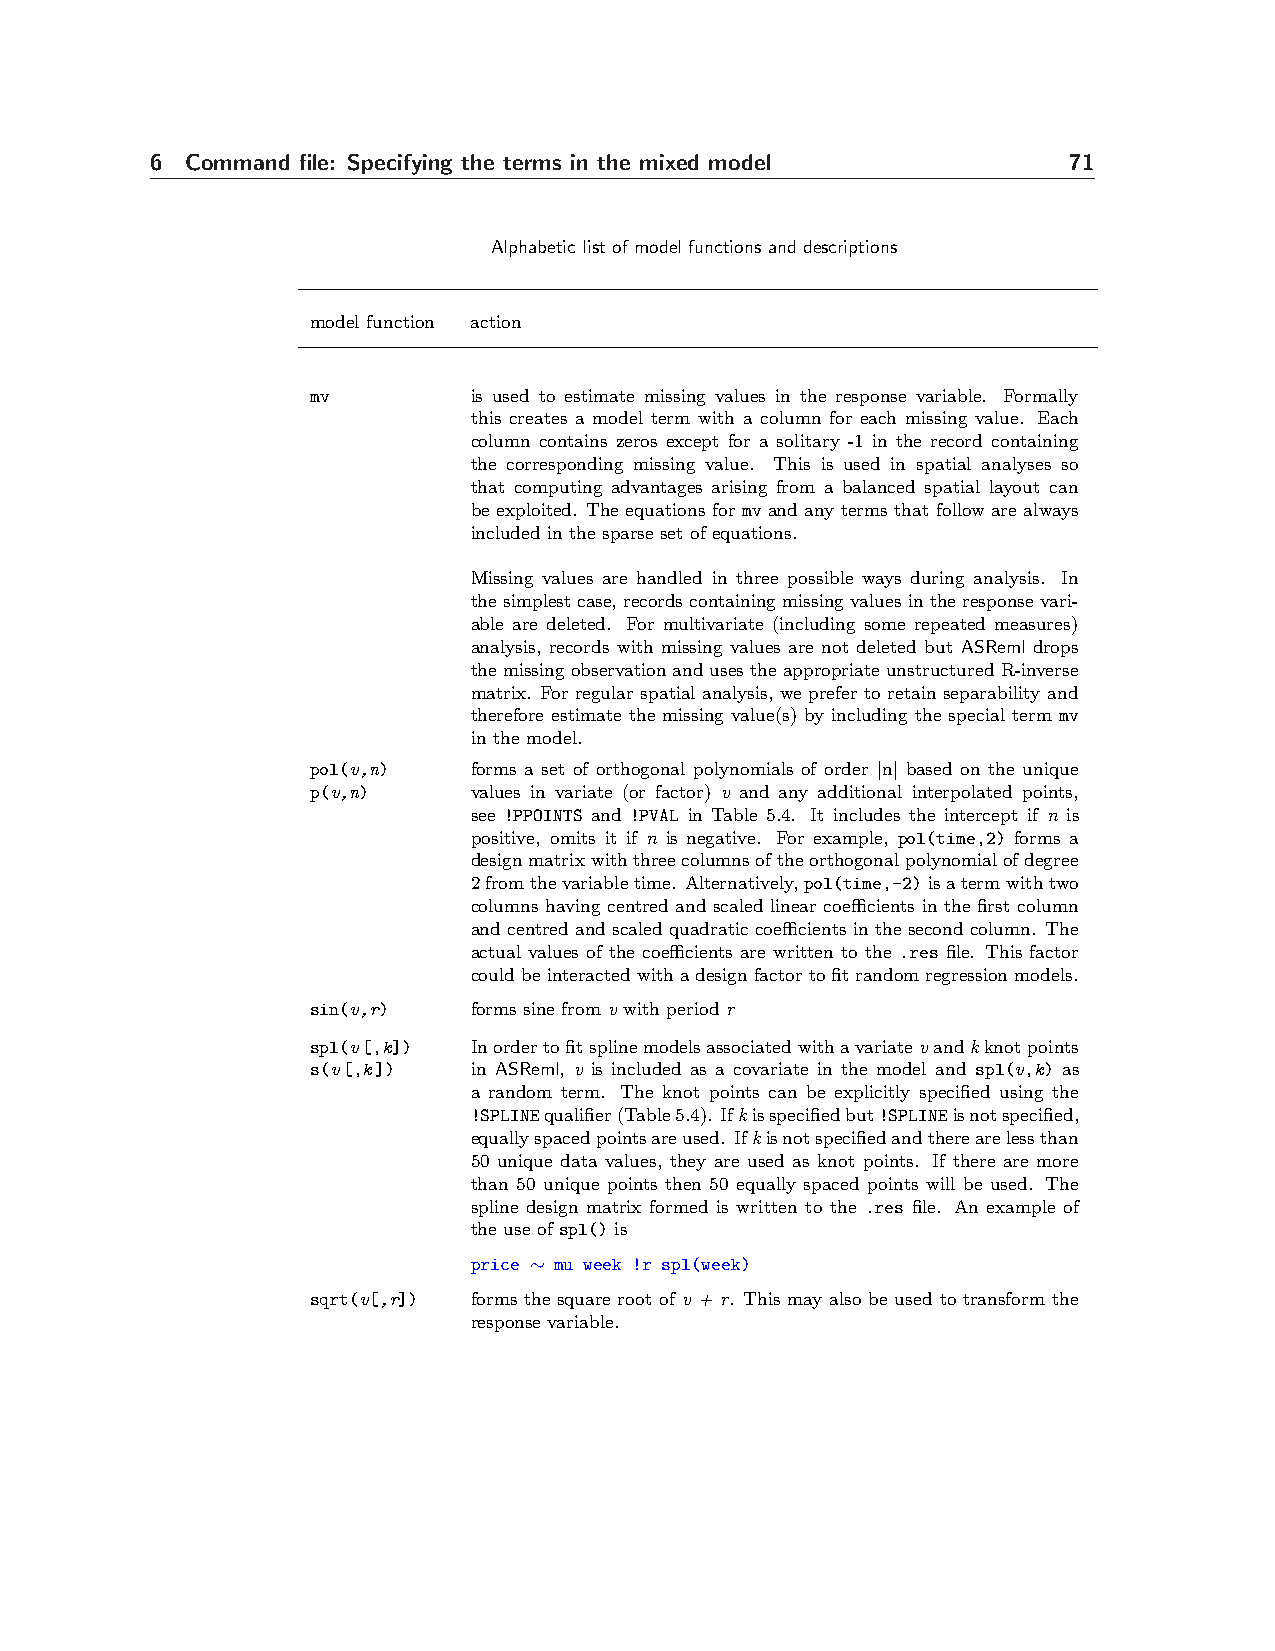
6 Command file: Specifying the terms in the mixed model      71
 Alphabetic list of model functions and descriptions
 model function action
 mv        is used to estimate missing values in the response variable. Formally
 this creates a model term with a column for each missing value. Each
 column contains zeros except for a solitary -1 in the record containing
 the corresponding missing value. This is used in spatial analyses so
 that computing advantages arising from a balanced spatial layout can
 be exploited. The equations for mv and any terms that follow are always
 included in the sparse set of equations.
 Missing values are handled in three possible ways during analysis. In
 thesimplestcase,recordscontainingmissingvaluesintheresponsevari-
 able are deleted. For multivariate (including some repeated measures)
 analysis, records with missing values are not deleted but ASReml drops
 themissingobservationandusestheappropriateunstructuredR-inverse
 matrix. For regular spatial analysis, we prefer to retain separability and
 therefore estimate the missing value(s) by including the special term mv
 in the model.
 pol(v,n)  forms a set of orthogonal polynomials of order |n| based on the unique
 p(v,n)    values in variate (or factor) v and any additional interpolated points,
 see !PPOINTS and !PVAL in Table 5.4. It includes the intercept if n is
 positive, omits it if n is negative. For example, pol(time,2) forms a
 designmatrixwiththreecolumnsoftheorthogonalpolynomialofdegree
 2fromthevariabletime. Alternatively,pol(time,-2)isatermwithtwo
 columns having centred and scaled linear coefficients in the first column
 and centred and scaled quadratic coefficients in the second column. The
 actual values of the coefficients are written to the .res file. This factor
 couldbeinteractedwithadesignfactortofitrandomregressionmodels.
 sin(v,r)  forms sine from v with period r
 spl(v[,k]) Inordertofitsplinemodelsassociatedwithavariatevandkknotpoints
 s(v[,k])  in ASReml, v is included as a covariate in the model and spl(v,k) as
 a random term. The knot points can be explicitly specified using the
 !SPLINEqualifier(Table5.4). Ifkisspecifiedbut!SPLINEisnotspecified,
 equallyspacedpointsareused. Ifkisnotspecifiedandtherearelessthan
 50 unique data values, they are used as knot points. If there are more
 than 50 unique points then 50 equally spaced points will be used. The
 spline design matrix formed is written to the .res file. An example of
 the use of spl() is
 price ∼ mu week !r spl(week)
 sqrt(v[,r]) forms the square root of v + r. This may also be used to transform the
 response variable.